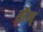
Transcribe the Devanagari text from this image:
सैन्